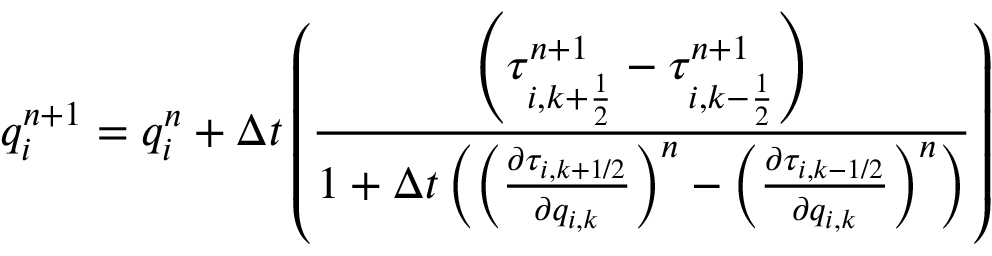
q _ { i } ^ { n + 1 } = q _ { i } ^ { n } + \Delta t \left( \frac { \left( \tau _ { i , k + \frac { 1 } { 2 } } ^ { n + 1 } - \tau _ { i , k - \frac { 1 } { 2 } } ^ { n + 1 } \right) } { 1 + \Delta t \left( \left( \frac { \partial \tau _ { i , k + 1 / 2 } } { \partial q _ { i , k } } \right) ^ { n } - \left( \frac { \partial \tau _ { i , k - 1 / 2 } } { \partial q _ { i , k } } \right) ^ { n } \right) } \right)